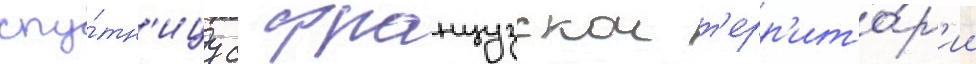
спу́тн'ицу с французскои т'ерр'ито́р'ии